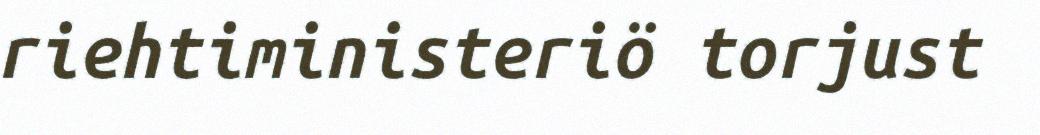
riehtiministeriö torjust